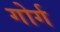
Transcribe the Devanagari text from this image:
गोर्ग